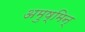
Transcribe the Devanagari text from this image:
अमुष्मिन्